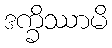
ဒက္ခိဿာမိ